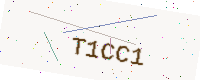
Text: T1CC1